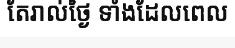
តែរាល់ថ្ងៃ ទាំងដែលពេល